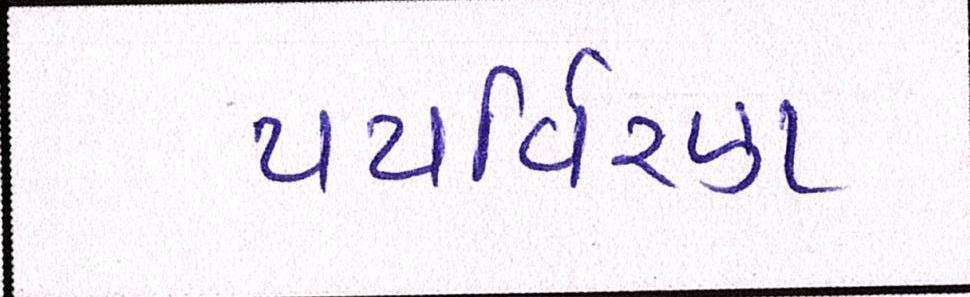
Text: પયર્વિરણ